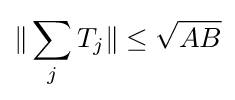
\Vert \sum _{j}T_{j}\Vert \leq {\sqrt {AB}}